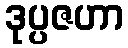
ဒုပ္ပဇဟာ